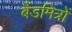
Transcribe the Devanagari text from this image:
बैंडमित्रों